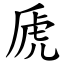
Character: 虒